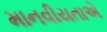
માનવીયતાએ